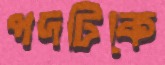
পদটিকে